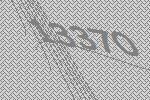
13370